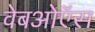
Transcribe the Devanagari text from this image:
वेबओऍस